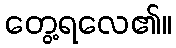
တွေ့ရလေ၏။